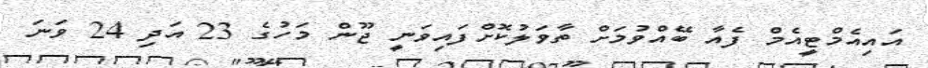
އައިއެމްޓީއެމް ފެއާ ބޭއްވުމަށް ތާވަލުކޮށްފައިވަނީ ޖޫން މަހުގެ 23 އަދި 24 ވަނަ